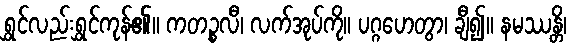
ရွှင်လည်းရွှင်ကုန်၏။ ကတဉ္စလီ၊ လက်အုပ်ကို။ ပဂ္ဂဟေတွာ၊ ချီ၍။ နမဿန္တိ၊